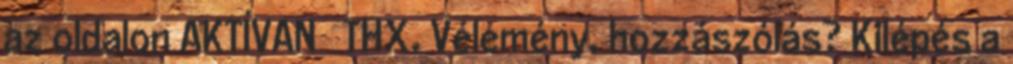
az oldalon AKTÍVAN 🙂 THX. Vélemény, hozzászólás? Kilépés a